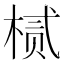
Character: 𬃘